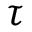
\tau